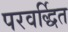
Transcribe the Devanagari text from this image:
परवर्द्धित